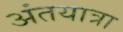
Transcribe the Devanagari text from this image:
अंतयात्रा